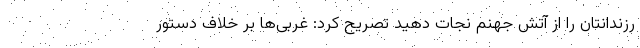
رزندانتان را از آتش جهنم نجات دهید تصریح کرد: غربی‌ها بر خلاف دستور